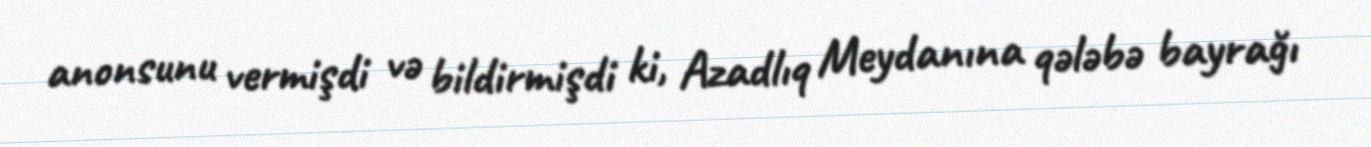
anonsunu vermişdi və bildirmişdi ki, Azadlıq Meydanına qələbə bayrağı